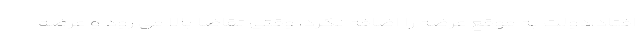
افتاد،دولت به موقع عرضه را اضافه نکرد، وقتی تقاضا بالا می رود و عرضه